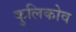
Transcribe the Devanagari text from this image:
कुलिकोव